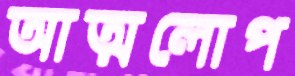
আত্মলোপ